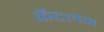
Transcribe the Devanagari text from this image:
कॅटलन